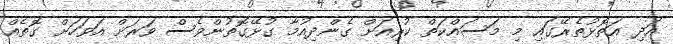
އަދި އަތޮޅުތެރޭގައި މި މަސައްކަތް ކުރިއަށް ގެންދިއުމާ ގުޅޭގޮތުންވެސް ވަރަށް އަވަހަށް ގޮތެއް